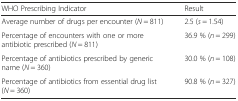
| WHO Prescribing Indicator | Result |
 | --- | --- |
 | Average number of drugs per encounter (N = 811) | 2.5 (s = 1.54) |
 | Percentage of encounters with one or more antibiotic prescribed (N = 811) | 36.9 % (n = 299) |
 | Percentage of antibiotics prescribed by generic name (N = 360) | 30.0 % (n = 108) |
 | Percentage of antibiotics from essential drug list (N = 360) | 90.8 % (n = 327) |